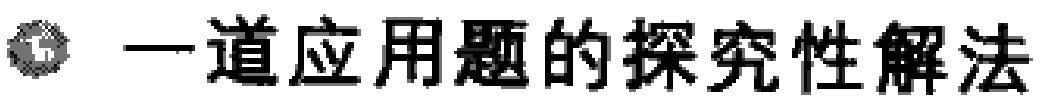
一道应用题的探究性解法